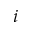
i